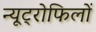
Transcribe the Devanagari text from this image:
न्यूट्रोफिलों